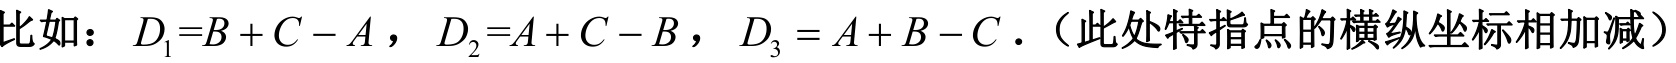
比如：\(D_1 = B + C - A\)，\(D_2 = A + C - B\)，\(D_3 = A + B - C\).（此处特指点的横纵坐标相加减）